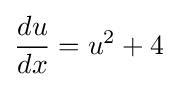
{\frac {du}{dx}}=u^{2}+4